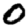
Digit: 0